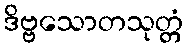
ဒိဗ္ဗသောတသုတ္တံ